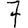
Digit: 7